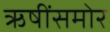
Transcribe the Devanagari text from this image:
ऋषींसमोर